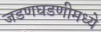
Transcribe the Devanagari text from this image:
जडणघडणीमध्ये